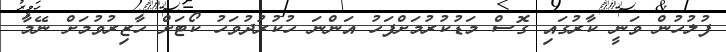
ފުލުހުން ވަނީ ކާރުގައި ގޮސް މަޑުކުރުމަށްފަހު އަންނަ ހުކުރުދުވަހު ކޯޓަށް ހާޒިރުވުމަށް ނޭމާ